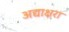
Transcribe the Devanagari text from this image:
अद्याक्षरा